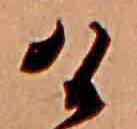
け